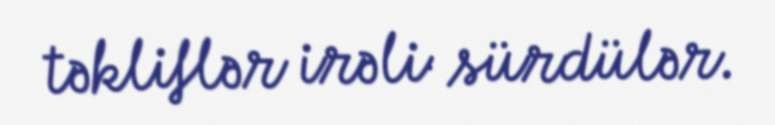
təkliflər irəli sürdülər.